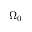
\Omega _ { 0 }